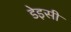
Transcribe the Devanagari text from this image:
डेइसी